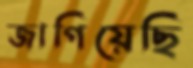
জাগিয়েছি